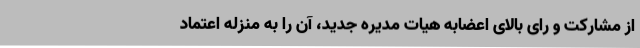
از مشارکت و رای بالای اعضابه هیات مدیره جدید، آن را به منزله اعتماد